Vaccination in the Punjab 1883-1896 - 1883-1896
Year: 1883
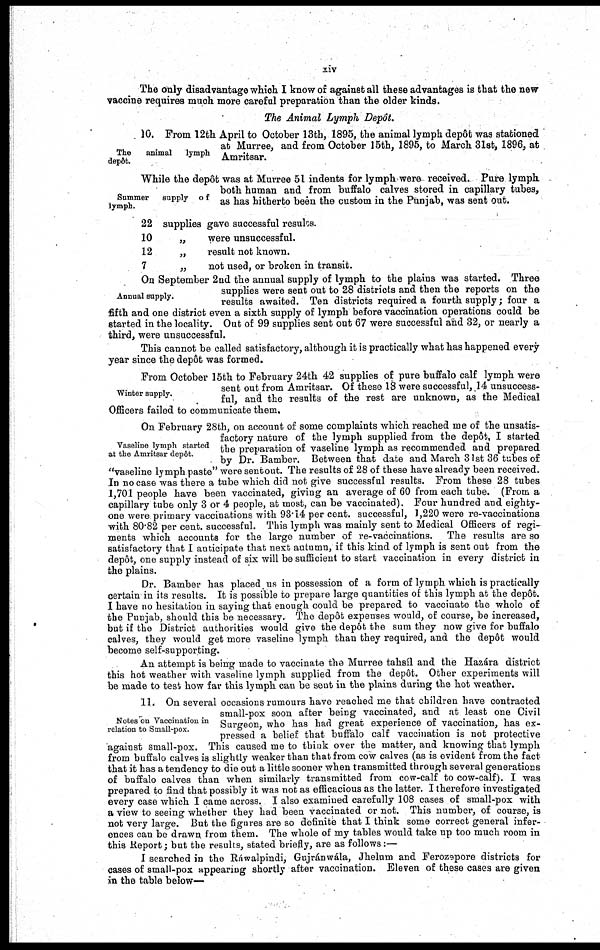
xiv
The only disadvantage which I know of against all these advantages is that the new
vaccine requires much more careful preparation than the older kinds.
The Animal Lymph Depôt.
The
animal
lymph
depôt.
10. From 12th April to October 13th, 1895, the animal lymph depôt was stationed
at Murree, and from October 15th, 1895, to March 31st, 1896, at
Amritsar.
Summer
supply
of
lymph.
While the depôt was at Murree 51 indents for lymph were received. Pure lymph
both human and from buffalo calves stored in capillary tubes,
as has hitherto been the custom in the Punjab, was sent out.
22
10
12
7
supplies gave successful results.
„
were unsuccessful.
„
result not known.
„
not used, or broken in transit.
Annual supply.
On September 2nd the annual supply of lymph to the plains was started. Three
supplies were sent out to 28 districts and then the reports on the
results awaited. Ten districts required a fourth supply; four a
fifth and one district even a sixth supply of lymph before vaccination operations could be
started in the locality. Out of 99 supplies sent out 67 were successful and 32, or nearly a
third, were unsuccessful.
This cannot be called satisfactory, although it is practically what has happened every
year since the depôt was formed.
Winter supply.
From October 15th to February 24th 42 supplies of pure buffalo calf lymph were
sent out from Amritsar. Of these 18 were successful, 14 unsuccess-
ful, and the results of the rest are unknown, as the Medical
Officers failed to communicate them.
Vaseline lymph started
at the Amritsar depôt.
On February 28th, on account of some complaints which reached me of the unsatis-
factory nature of the lymph supplied from the depôt, I started
the preparation of vaseline lymph as recommended and prepared
by Dr. Bamber. Between that date and March 31st 36 tubes of
"vaseline lymph paste" were sent out. The results of 28 of these have already been received.
In no case was there a tube which did not give successful results. From these 28 tubes
1,701 people have been vaccinated, giving an average of 60 from each tube. (From a
capillary tube only 3 or 4 people, at most, can be vaccinated). Four hundred and eighty-
one were primary vaccinations with 93.14 per cent. successful, 1,220 were re-vaccinations
with 80.82 per cent. successful. This lymph was mainly sent to Medical Officers of regi-
ments which accounts for the large number of re-vaccinations. The results are so
satisfactory that I anticipate that next autumn, if this kind of lymph is sent out from the
depôt, one supply instead of six will be sufficient to start vaccination in every district in
the plains.
Dr. Bamber has placed us in possession of a form of lymph which is practically
certain in its results. It is possible to prepare large quantities of this lymph at the depôt.
I have no hesitation in saying that enough could be prepared to vaccinate the whole of
the Punjab, should this be necessary. The depôt expenses would, of course, be increased,
but if the District authorities would give the depôt the sum they now give for buffalo
calves, they would get more vaseline lymph than they required, and the depôt would
become self-supporting.
An attempt is being made to vaccinate the Murree tahsíl and the Hazára district
this hot weather with vaseline lymph supplied from the depôt. Other experiments will
be made to test how far this lymph can be sent in the plains during the hot weather.
Notes on Vaccination in
relation to Small-pox.
11. On several occasions rumours have reached me that children have contracted
small-pox soon after being vaccinated, and at least one Civil
Surgeon, who has had great experience of vaccination, has ex-
pressed a belief that buffalo calf vaccination is not protective
against small-pox. This caused me to think over the matter, and knowing that lymph
from buffalo calves is slightly weaker than that from cow calves (as is evident from the fact-
that it has a tendency to die out a little sooner when transmitted through several generations
of buffalo calves than when similarly transmitted from cow-calf to cow-calf). I was
prepared to find that possibly it was not as efficacious as the latter. I therefore investigated
every case which I came across. I also examined carefully 108 cases of small-pox with
a view to seeing whether they had been vaccinated or not. This number, of course, is
not very large. But the figures are so definite that I think some correct general infer-
ences can be drawn from them. The whole of my tables would take up too much room in
this Report; but the results, stated briefly, are as follows :—
I searched in the Ráwalpindi, Gujránwála, Jhelum and Ferozepore districts for
cases of small-pox appearing shortly after vaccination. Eleven of these cases are given
in the table below—